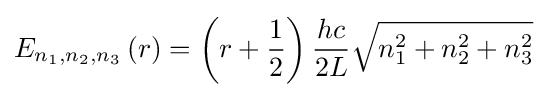
E_{n_{1},n_{2},n_{3}}\left(r\right)=\left(r+{\frac {1}{2}}\right){\frac {hc}{2L}}{\sqrt {n_{1}^{2}+n_{2}^{2}+n_{3}^{2}}}